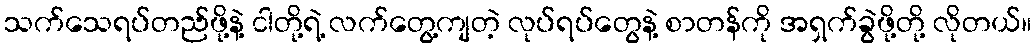
သက်သေရပ်တည်ဖို့နဲ့ ငါတို့ရဲ့ လက်တွေ့ကျတဲ့ လုပ်ရပ်တွေနဲ့ စာတန်ကို အရှက်ခွဲဖို့တို့ လိုတယ်။